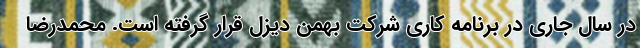
در سال جاری در برنامه کاری شرکت بهمن دیزل قرار گرفته است. محمدرضا